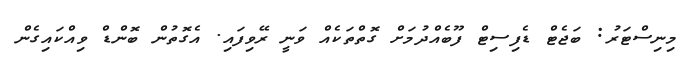
މިނިސްޓަރު: ބަޖެޓް ޑެފިސިޓް ފޫބެއްދުމަށް ގޮތްތަކެއް ވަނީ ރޭވިފައި. އެގޮތުން ބޮންޑް ވިއްކައިގެން